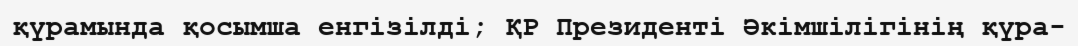
қүрамында қосымша енгізілді; ҚР Президенті Әкімшілігінің қүра-